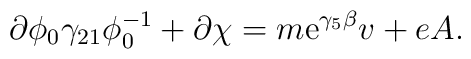
\partial\phi_0 \gamma_{21} \phi_{0}^{-1} + \partial\chi =m{\rm e}^{\gamma_5 \beta}v + eA .